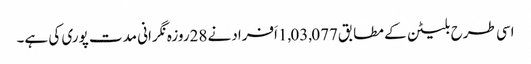
اسی طرح بلیٹن کے مطابق1,03,077اَفرادنے 28روزہ نگرانی مدت پوری کی ہے۔